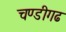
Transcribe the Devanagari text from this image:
चण्‍डीगढ